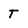
Character: T